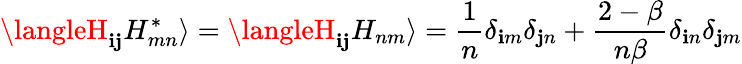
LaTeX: \langleH_{\mathbf{i}\mathbf{j}}H_{mn}^{*}\rangle=\langleH_{\mathbf{i}\mathbf{j}}H_{nm}\rangle={\frac{{1}}{{n}}}\delta_{\mathbf{i}m}\delta_{\mathbf{j}n}+{\frac{{2-\beta}}{{n\beta}}}\delta_{\mathbf{i}n}\delta_{\mathbf{j}m}